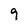
Character: 9